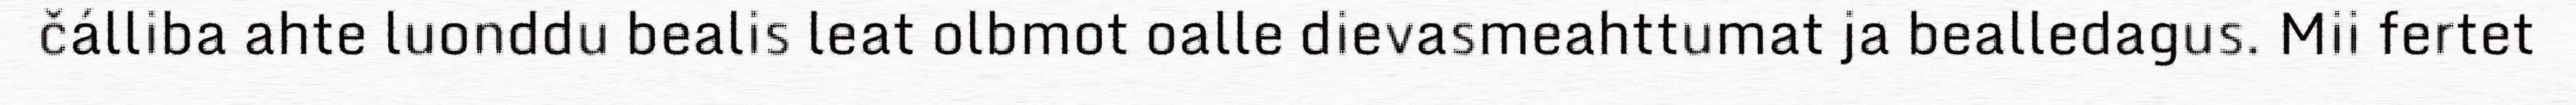
čálliba ahte luonddu bealis leat olbmot oalle dievasmeahttumat ja bealledagus. Mii fertet